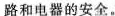
路和电器的安全。